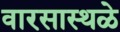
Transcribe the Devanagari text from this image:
वारसास्थळे